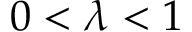
0 < \lambda < 1